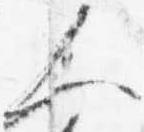
人